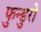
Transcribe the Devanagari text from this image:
फुन्डुरो